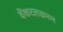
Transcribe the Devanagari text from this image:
वेंकटलक्षमण